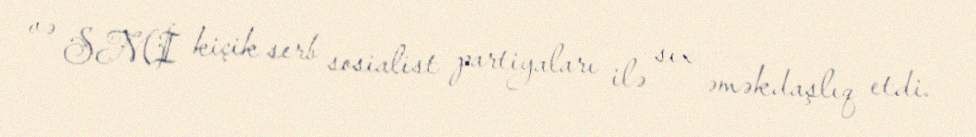
və SMİ kiçik serb sosialist partiyaları ilə sıx əməkdaşlıq etdi.